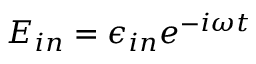
E _ { i n } = \epsilon _ { i n } e ^ { - i \omega t }